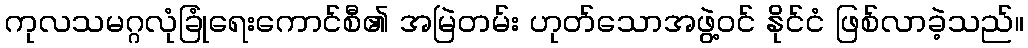
ကုလသမဂ္ဂလုံခြုံရေးကောင်စီ၏ အမြဲတမ်း ဟုတ်သောအဖွဲ့ဝင် နိုင်ငံ ဖြစ်လာခဲ့သည်။